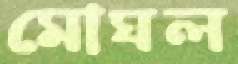
মোঘল